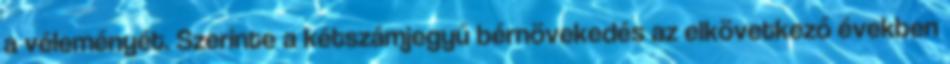
a véleményét. Szerinte a kétszámjegyű bérnövekedés az elkövetkező években